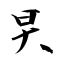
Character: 旲